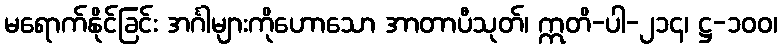
မရောက်နိုင်ခြင်း အင်္ဂါများကိုဟောသော အာတာပီသုတ်၊ ဣတိ-ပါ-၂၁၄၊ ဋ္ဌ-၁၀၀၊